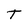
Character: T